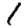
Digit: 1